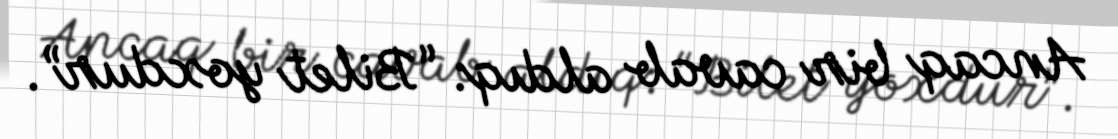
Ancaq bir cavab aldıq: “Bilet yoxdur”.